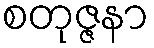
စတုဇ္ဇနာ